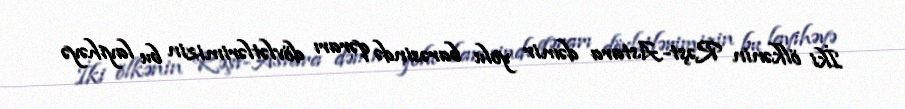
İki ölkənin Rəşt-Astara dəmir yolu barəsində qərarı dövlətlərimizin bu layihəyə